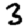
Digit: 3